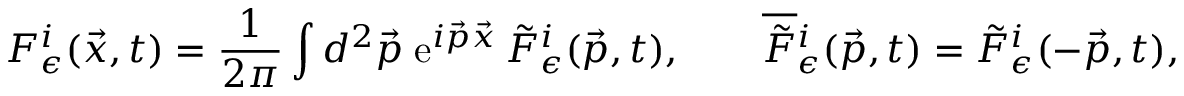
{ \cal F } _ { \epsilon } ^ { i } ( \vec { x } , t ) = \frac { 1 } { 2 \pi } \int d ^ { 2 } \vec { p } \; \mathrm { e } ^ { i \vec { p } \vec { x } } \, \tilde { \cal F } _ { \epsilon } ^ { i } ( \vec { p } , t ) , \qquad \overline { { { \tilde { \cal F } } } } { } _ { \epsilon } ^ { i } ( \vec { p } , t ) = \tilde { \cal F } _ { \epsilon } ^ { i } ( - \vec { p } , t ) ,